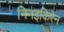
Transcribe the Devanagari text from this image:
निनइकिरेन